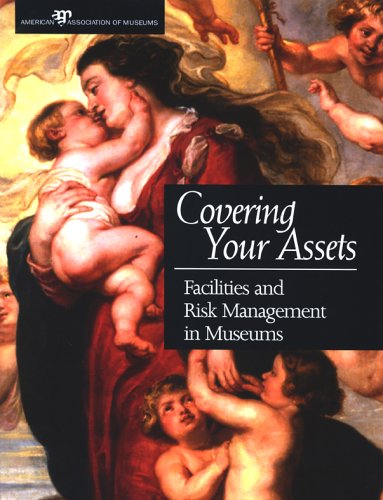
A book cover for Covering Your Assets: Facilities and Risk Management in Museums; Elizabeth E. Merritt; Business & Money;